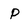
Character: p